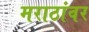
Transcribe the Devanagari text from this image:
मराठांवर